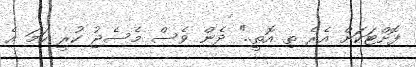
ފޮށްޓަކަށް އެރެ ތި އޮތީ.." ދެން ވެސް މެސެޖު ކުރީ ހަމަ އެ